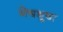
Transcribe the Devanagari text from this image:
भेषभूषा